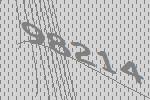
98214